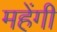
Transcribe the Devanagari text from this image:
महेंगी